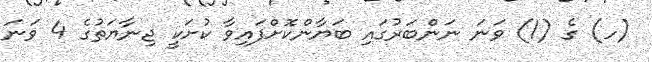
(ހ) ގެ (1) ވަނަ ނަންބަރުގައި ބަޔާންކޮށްފައިވާ ކުށަކީ ޖިނާޔަތުގެ 4 ވަނަ